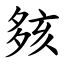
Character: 㚊